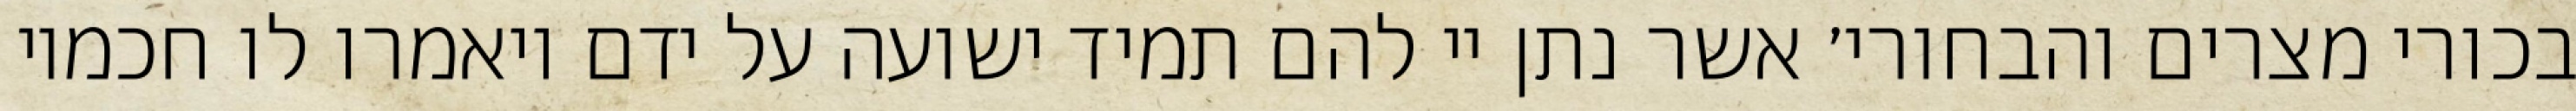
בכורי מצרים והבחורי׳ אשר נתן יי להם תמיד ישועה על ידם ויאמרו לו חכמיו